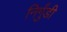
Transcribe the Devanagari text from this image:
निर्गुंडी